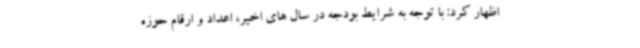
اظهار کرد: با توجه به شرایط بودجه در سال های اخیر، اعداد و ارقام حوزه